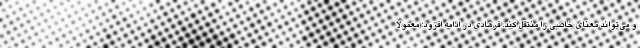
و می‌تواند معنای خاصی را منتقل کند. فرهادی در ادامه افزود: معمولا